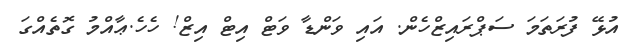
އުޅޭ ފުރަތަމަ ސަޕްރައިޒްހެން. އައި ވަންޑާ ވަޓް އިޓް އިޒް! ހެހެ.ޢާއްމު ގޮތެއްގަ